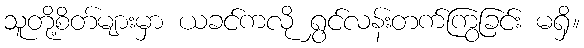
သူတို့စိတ်များမှာ ယခင်ကလို ရွှင်လန်းတက်ကြွခြင်း မရှိ။